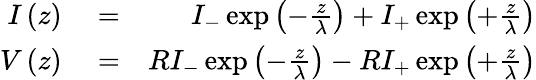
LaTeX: \begin{array}{rlr}{I\left(z\right)}&{{}=}&{I_{-}\exp\left(-\frac{z}{\lambda}\right)+I_{+}\exp\left(+\frac{z}{\lambda}\right)}\\ {V\left(z\right)}&{{}=}&{RI_{-}\exp\left(-\frac{z}{\lambda}\right)-RI_{+}\exp\left(+\frac{z}{\lambda}\right)}\end{array}